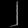
Digit: ၂